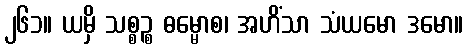
၂၆၁။ ယမှိ သစ္စဉ္စ ဓမ္မောစ၊ အဟိံသာ သံယမော ဒမော။